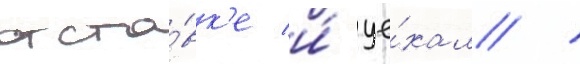
отста́вк'е и́ уе́хал /